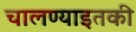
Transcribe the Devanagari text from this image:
चालण्याइतकी